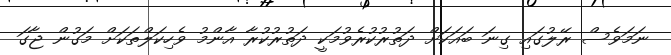
ނަަމަވެސް ރޭލުގައި ގިނަ ބައަކަށް ދަތުރުކުރެވުމަކީ ދަތުރުކުރާ އާންމު ވެހިކަލްތަކަށް މަގުން ޖާގަ